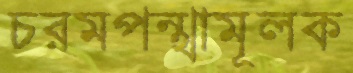
চরমপন্থামূলক